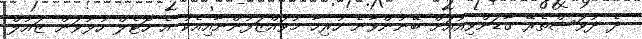
ދެ ދުވަސްތެރޭ ގާޑަންވިއުއަށް ބޭނުންވާނެ ހުރިހާ މުވައްޒަފުންނާއިއެކު އެ ހޮޓެލް ހުޅުވަން ޒައުލް